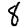
Digit: 8